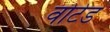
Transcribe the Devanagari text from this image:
वोटेड